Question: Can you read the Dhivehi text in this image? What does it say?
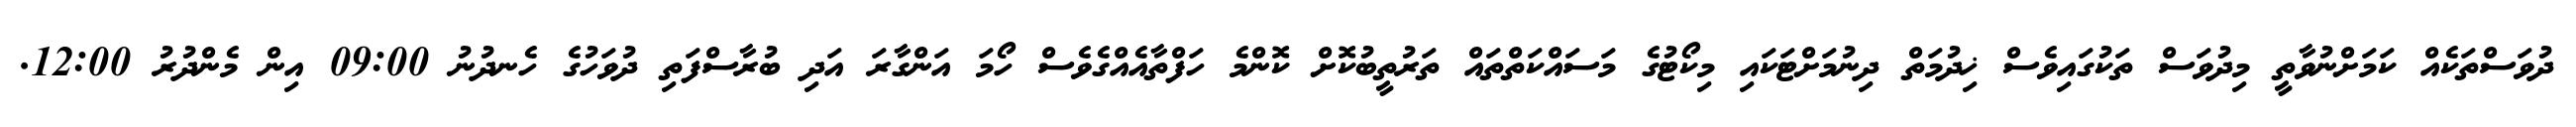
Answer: ދުވަސްތަކެއް ކަމަށްނުވާތީ މިދުވަސް ތަކުގައިވެސް ޚިދުމަތް ދިނުމަށްޓަކައި މިކޯޓުގެ މަސައްކަތްތައް ތަރުތީބުކޮށް ކޮންމެ ހަފްތާއެއްގެވެސް ހޯމަ އަންގާރަ އަދި ބުރާސްފަތި ދުވަހުގެ ހެނދުނު 09:00 އިން މެންދުރު 12:00.